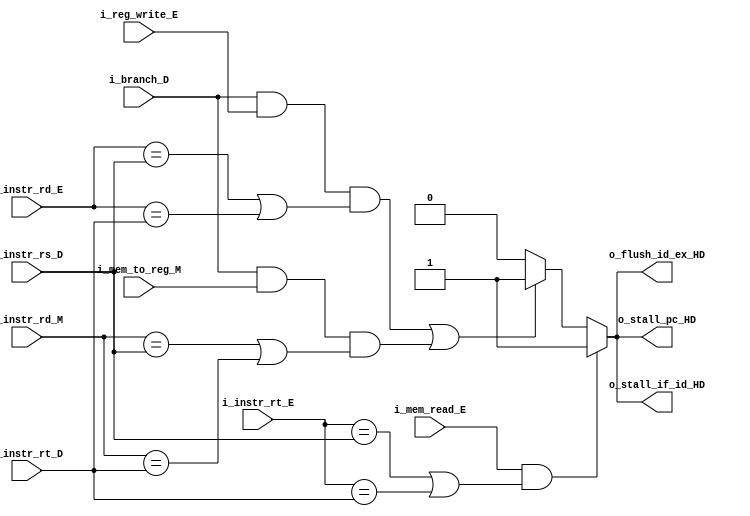
/**

**/

module HazardDetectionUnit
    #(
        // Parameters
        parameter       INPUT_SZ = 5
    )
    (
        // Inputs
        input                           i_mem_to_reg_M,             // MemToReg from MEM
        input                           i_mem_read_E,               // MemRead from EX
        input                           i_reg_write_E,              // RegWrite from EX
        input                           i_branch_D,                 // Branch from ID
        input [INPUT_SZ-1 : 0]          i_instr_rs_D,               // Instruction RS from ID
        input [INPUT_SZ-1 : 0]          i_instr_rt_D,               // Instruction RT from ID
        input [INPUT_SZ-1 : 0]          i_instr_rt_E,               // Instruction RT from EX
        input [INPUT_SZ-1 : 0]          i_instr_rd_E,               // Instruction RD from EX
        input [INPUT_SZ-1 : 0]          i_instr_rd_M,               // Instruction RD from MEM
        // Outputs
        output                          o_stall_pc_HD,              // Stall PC Control Line
        output                          o_stall_if_id_HD,           // Stall_IF/ID Control Line
        output                          o_flush_id_ex_HD            // Flush_ID/EX Control Line
    );

    //! Signal Declaration
    reg stall_pc;
    reg stall_if_id;
    reg flush_id_ex;

    // Body    
    always @(*) 
    begin
        if(i_mem_read_E & ((i_instr_rt_E == i_instr_rs_D) | (i_instr_rt_E == i_instr_rt_D))) 
            begin
                // Load Stall 
                stall_pc    = 1'b1;
                stall_if_id = 1'b1;
                flush_id_ex = 1'b1;
            end
        else if((i_branch_D & i_reg_write_E & ((i_instr_rd_E == i_instr_rs_D) | (i_instr_rd_E == i_instr_rt_D))) 
                | (i_branch_D & i_mem_to_reg_M & ((i_instr_rd_M == i_instr_rs_D) | (i_instr_rd_M == i_instr_rt_D)))) 
            begin
                // Branch Stall
                stall_pc    = 1'b1;
                stall_if_id = 1'b1;
                flush_id_ex = 1'b1;
            end
        else 
            begin
                // No stall
                stall_pc    = 1'b0;
                stall_if_id = 1'b0;
                flush_id_ex = 1'b0;
            end
    end

    //! Assignments
    assign o_stall_pc_HD    =   stall_pc;
    assign o_stall_if_id_HD =   stall_if_id;
    assign o_flush_id_ex_HD =   flush_id_ex;

endmodule